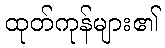
ထုတ်ကုန်များ၏